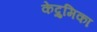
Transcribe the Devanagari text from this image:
केद्रुमिका